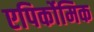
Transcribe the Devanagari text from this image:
एपिर्कोमिक